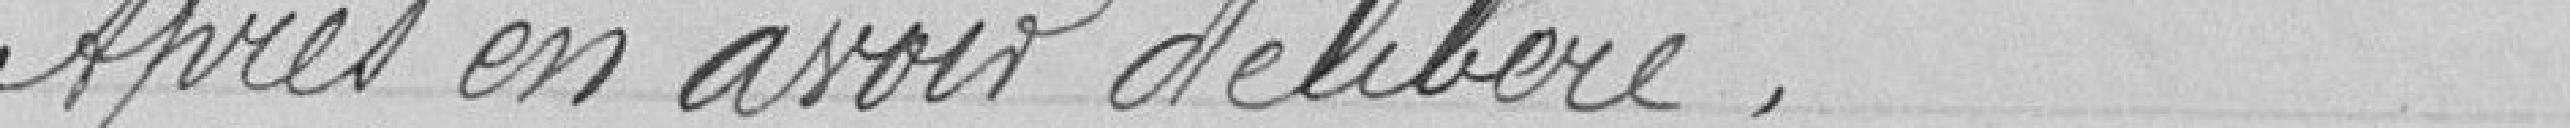
Après en avoir délibéré,